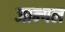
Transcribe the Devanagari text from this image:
जान्गल